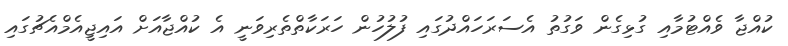
ކުއްޖާ ވެއްޓުމާއި ގުޅިގެން ވަގުތު އެސަރަހައްދުގައި ފުލުހުން ހަރަކާތްތެރިވަނީ އެ ކުއްޖާއަށް އައިޖީއެމްއެޗުގައި